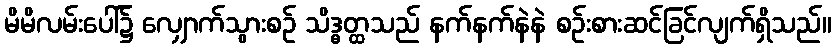
မိမိလမ်းပေါ်၌ လျှောက်သွားစဉ် သိဒ္ဓတ္ထသည် နက်နက်နဲနဲ စဉ်းစားဆင်ခြင်လျက်ရှိသည်။